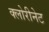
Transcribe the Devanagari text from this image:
क्लोरीनेट